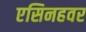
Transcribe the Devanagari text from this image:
एसिनहवर